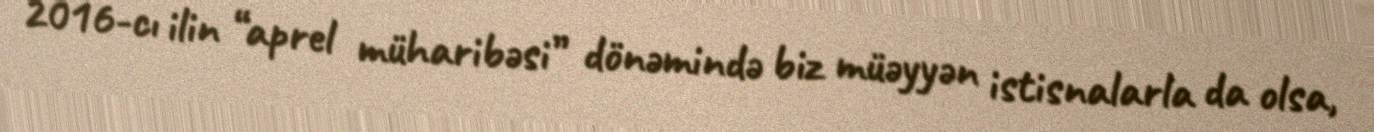
2016-cı ilin “aprel müharibəsi” dönəmində biz müəyyən istisnalarla da olsa,